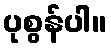
ပုစွန်ပါ။